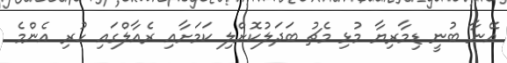
އޭނާ ބުނީ ޑިމާރިޔާ މުޅި މެޗު ބަދަލުކޮށްލި ކަމަށާއި ރެއާލްގައި ހުރި އެންމެ